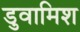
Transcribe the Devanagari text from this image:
डुवामिश